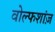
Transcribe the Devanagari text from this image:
वोल्फशांज़